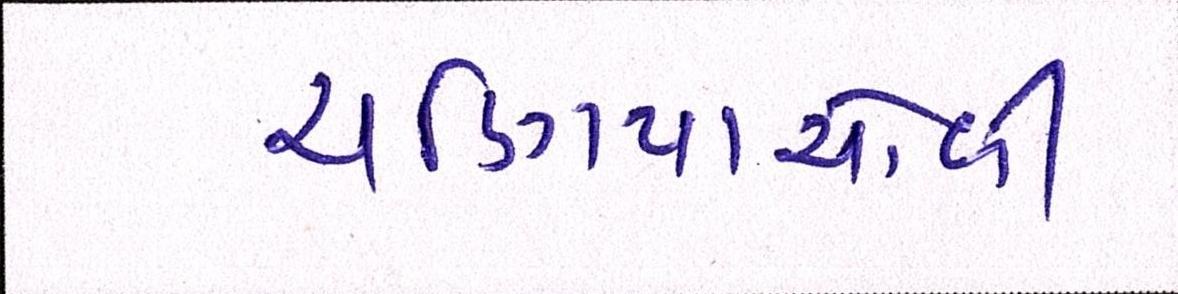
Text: ચણિયાચોળી